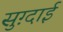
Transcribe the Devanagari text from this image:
सुग़्दाई